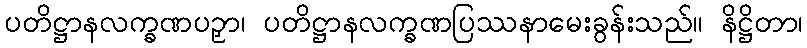
ပတိဋ္ဌာနလက္ခဏပဉှာ၊ ပတိဋ္ဌာနလက္ခဏပြဿနာမေးခွန်းသည်။ နိဋ္ဌိတာ၊